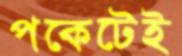
পকেটেই